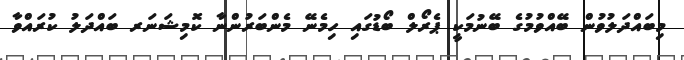
މިބައްދަލުވުން ބޭއްވުމުގެ ބޭނުމަކީ ޕެރޯލް ބޯޑުގައި ހިމެނޭ މެންބަރުންނާ ކޮމިޝަނަރ ބައްދަލު ކުރައްވާ